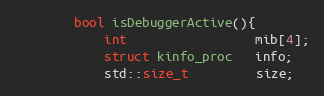
Language: C++
        bool isDebuggerActive(){
            int                 mib[4];
            struct kinfo_proc   info;
            std::size_t         size;